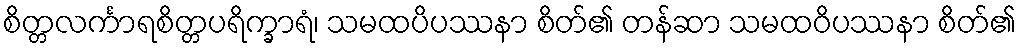
စိတ္တလင်္ကာရစိတ္တပရိက္ခာရံ၊ သမထပိပဿနာ စိတ်၏ တန်ဆာ သမထဝိပဿနာ စိတ်၏